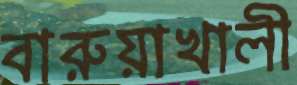
বারুয়াখালী